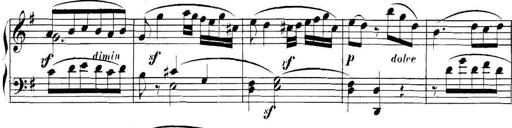
Title: Collected Piano Sonatas
Composer: Muzio Clementi